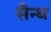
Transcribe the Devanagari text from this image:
सैन्ध